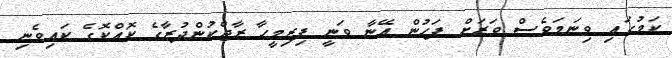
ކަމުގައި ވިނަމަވެސް ވަރަށް ފަހުން އޭނާ ވަނީ ފިރިމީހާ ރާޖްކުންދުރާގެ ކޮއްކޮގެ ކައިވެނި